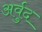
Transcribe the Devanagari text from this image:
अर्वुद